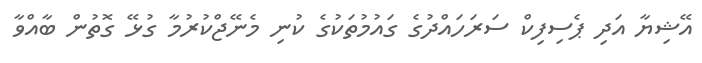
އޭޝިޔާ އަދި ޕެސިފިކް ސަރަހައްދުގެ ގައުމުތަކުގެ ކުނި މެނޭޖްކުރުމާ ގުޅޭ ގޮތުން ބާއްވާ